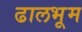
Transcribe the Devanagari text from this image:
ढालभूम